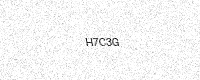
Text: H7C3G